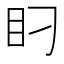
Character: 𰥋